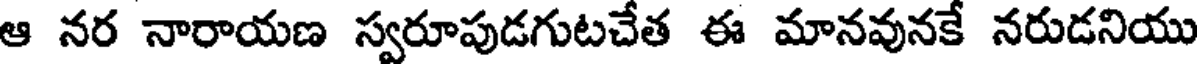
ఆ నర నారాయణ స్వరూపుడగుటచేత ఈ మానవునకే నరుడనియు